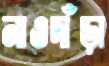
নাওদাঁড়া